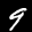
Label: 9